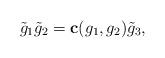
LaTeX: \begin{gather*}\tilde g_1 \tilde g_2=\mathbf c(g_1,g_2)\tilde g_3,\end{gather*}